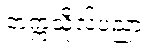
တက္ကသိုလ်ပညာ